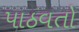
પાઠવતો